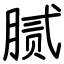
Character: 腻